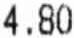
4.80